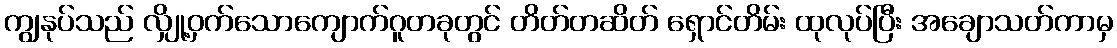
ကျွနုပ်သည် လျှို့ဝှက်သောကျောက်ဂူတခုတွင် တိတ်တဆိတ် ရှောင်တိမ်း ထုလုပ်ပြီး အချောသတ်ကာမှ